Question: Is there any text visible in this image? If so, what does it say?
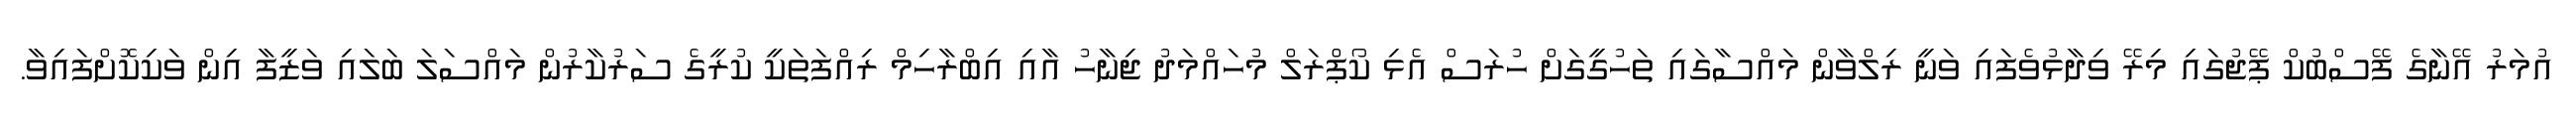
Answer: އުމަރު އޭނާގެ ފޭސްބުކް ޕޭޖުގައި މިރޭ ވިދާޅުވެފައި ވަނީ ރިލްވާން މައްސާގައި ތަހުގީގަށް ހުރަސް އެޅި ކޯޕްރަލް މުހައްމަދު ޖިނާހު އާއި އިބްރާހިމް ރިއްފަތަކީ ކުރީގެ ސަރުކާރުން މައްސަލަ ބަލައި ވަޒީފާ އިން ވަކިކޮށްފައިވާ.